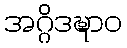
အဂ္ဂိဒဍ္ဎာဝ